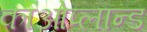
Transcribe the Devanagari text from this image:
काओप्लान्ड